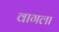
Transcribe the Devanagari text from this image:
वागला